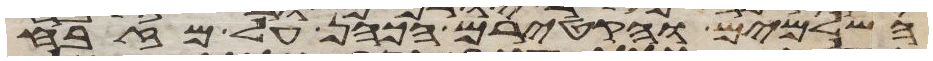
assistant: השלמים והקטירם הכהן על מזבח